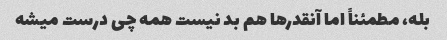
بله، مطمئناً اما آنقدرها هم بد نیست همه چی درست میشه